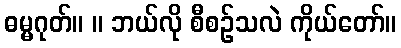
ဓမ္မဂုတ်။ ။ ဘယ်လို စီစဉ်သလဲ ကိုယ်တော်။